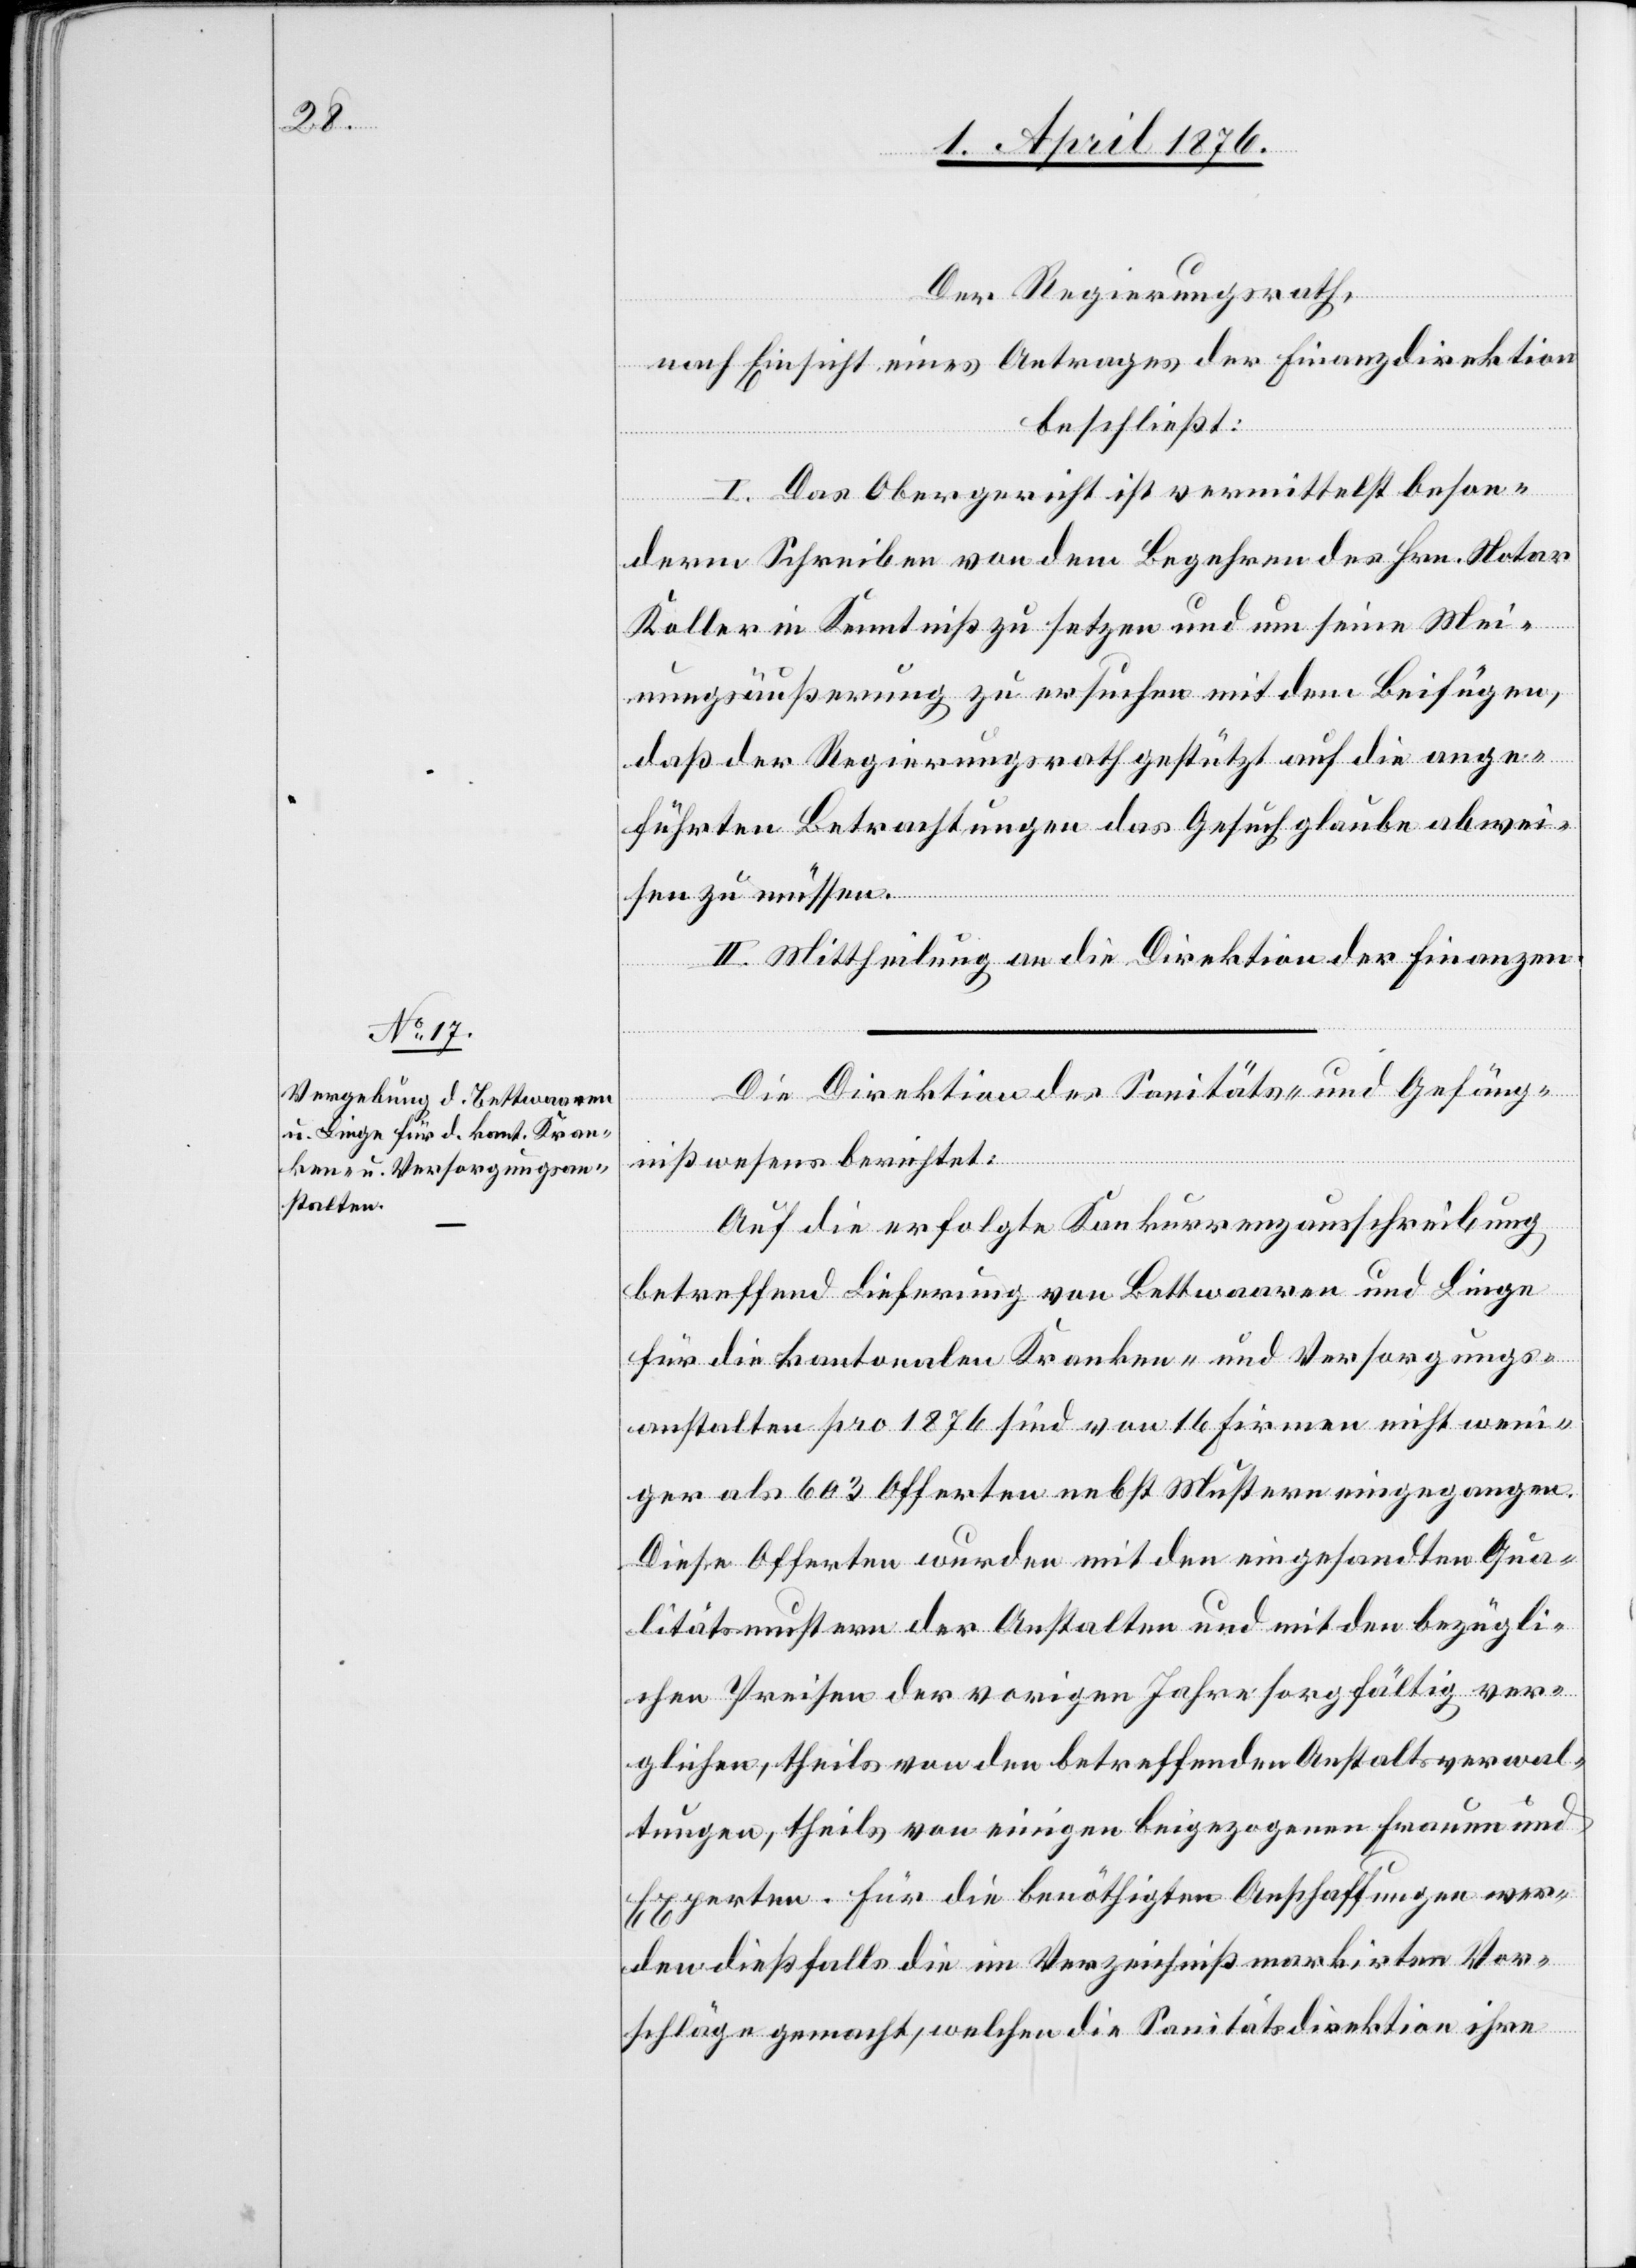
Der Regierungsrath,
nach Einsicht eines Antrages der Finanzdirektion
beschließt:
I. Das Obergericht ist vermittelst beson¬
derm Schreiben von dem Begehren des Hrn. Notar
Koller in Kenntniß zu setzen und um seine Mei¬
nungsäußerung zu ersuchen mit dem Beifügen,
daß der Regierungsrath gestützt auf die ange¬
führten Betrachtungen das Gesuch glaube abwei¬
sen zu müssen.
II. Mittheilung an die Direktion der Finanzen.
Die Direktion des Sanitäts- und Gefäng¬
nißwesens berichtet:
Auf die erfolgte Konkurrenzausschreibung
betreffend Lieferung von Bettwaaren und Liege
für die kantonalen Kranken- und Versorgungs¬
anstalten pro 1876 sind von 16 Firmen nicht weni¬
ger als 603 Offerten nebst Mustern eingegangen.
Diese Offerten wurden mit den eingesandten Qua¬
litätsmustern der Anstalten und mit den bezügli¬
chen Preisen der vorigen Jahre sorgfältig ver¬
glichen, theils von den betreffenden Anstaltsverwal¬
tungen, theils vom einigen beigezogenen Frauen und
Experten. Für die benöthigten Anschaffungen wer¬
den dießfalls die im Verzeichniß markirten Vor¬
schläge gemacht, welchen die Sanitätsdirektion ihre